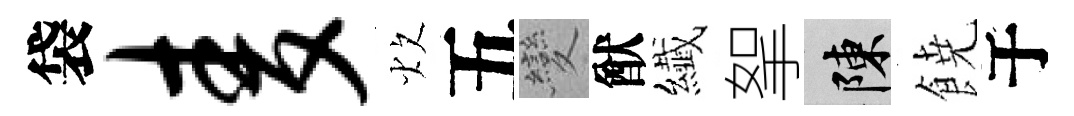
袋麦炊五變猷纎挐陳𩜙于